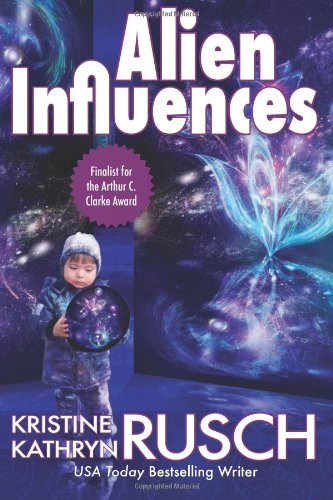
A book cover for Alien Influences; Kristine Kathryn Rusch; Science Fiction & Fantasy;